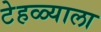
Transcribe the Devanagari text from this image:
टेहळ्याला